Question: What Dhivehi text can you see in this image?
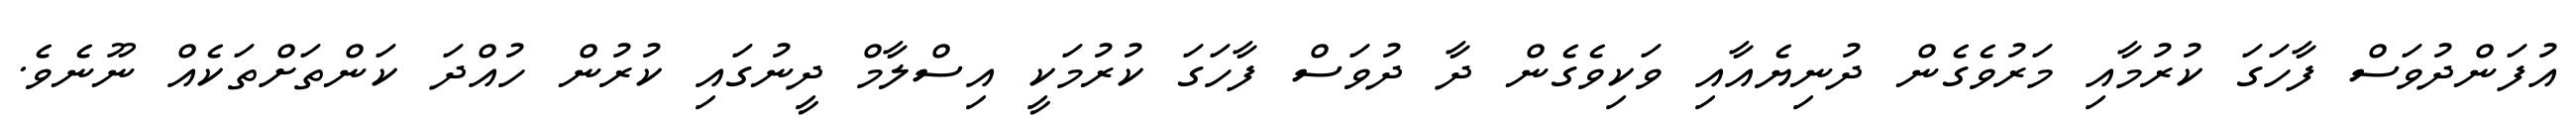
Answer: އުފަންދުވަސް ފާހަގަ ކުރުމާއި މަރުވެގެން ދުނިޔެއާއި ވަކިވެގެން ދާ ދުވަސް ފާހަގަ ކުރުމަކީ އިސްލާމް ދީނުގައި ކުރުން ހުއްދަ ކަންތަށްތަކެއް ނޫނެވެ.